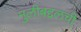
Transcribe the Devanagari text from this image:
मुलीबद्दलची